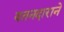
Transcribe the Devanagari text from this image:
वतनदाराने